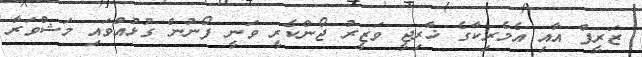
ޒަރީފް އާއި އެމެރިކާގެ ޚާރިޖީ ވަޒީރު ޖޯންކެރީ ވަނީ ފޯނުން ގުޅުއްވައި މަޝްވަރާ